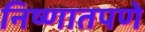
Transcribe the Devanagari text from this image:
निष्णातपणे